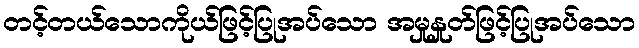
တင့်တယ်သောကိုယ်ဖြင့်ပြုအပ်သော အမှုနှုတ်ဖြင့်ပြုအပ်သော